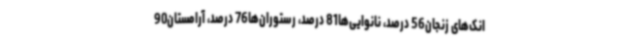
انک‌های زنجان56 درصد، نانوایی‌ها81 درصد، رستوران‌ها76 درصد، آرامستان90